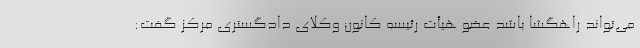
می‌تواند راهگشا باشد عضو هیأت رئیسه کانون وکلای دادگستری مرکز گفت: